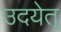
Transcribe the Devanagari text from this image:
उदयेत्‌